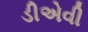
ડીએવી